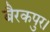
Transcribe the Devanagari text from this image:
बैरकपुर।